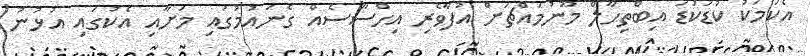
އެކަމަކު ކުޑަކުޑަ އިބްތިހާލް މޫނުމައްޗަށް އުފާވެރި އިހްސާސެއް ގެނައުމުގައި މަށާއި އެކުގައި އުޅުނު